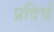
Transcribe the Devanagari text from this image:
प्रदिर्घ